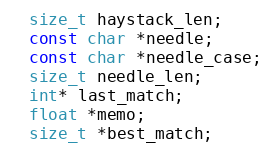
Language: C++
  size_t haystack_len;
  const char *needle;
  const char *needle_case;
  size_t needle_len;
  int* last_match;
  float *memo;
  size_t *best_match;